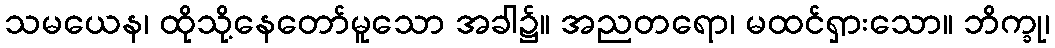
သမယေန၊ ထိုသို့နေတော်မူသော အခါ၌။ အညတရော၊ မထင်ရှားသော။ ဘိက္ခု၊